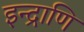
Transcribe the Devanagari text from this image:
इन्द्राणि